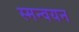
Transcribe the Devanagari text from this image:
स्मन्वयन